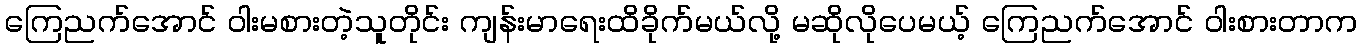
ကြေညက်အောင် ဝါးမစားတဲ့သူတိုင်း ကျန်းမာရေးထိခိုက်မယ်လို့ မဆိုလိုပေမယ့် ကြေညက်အောင် ဝါးစားတာက